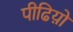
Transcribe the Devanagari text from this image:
पीढिय़ो